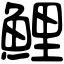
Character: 鯉